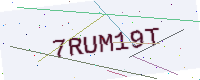
Text: 7RUM19T